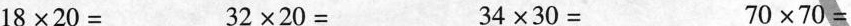
$$1 8 \times 2 0=$$ $$3 2 \times 2 0=$$ $$3 4 \times 3 0=$$ $$7 0 \times 7 0=$$